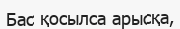
Бас қосылса арысқа,